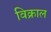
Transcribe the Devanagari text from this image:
विक्राल